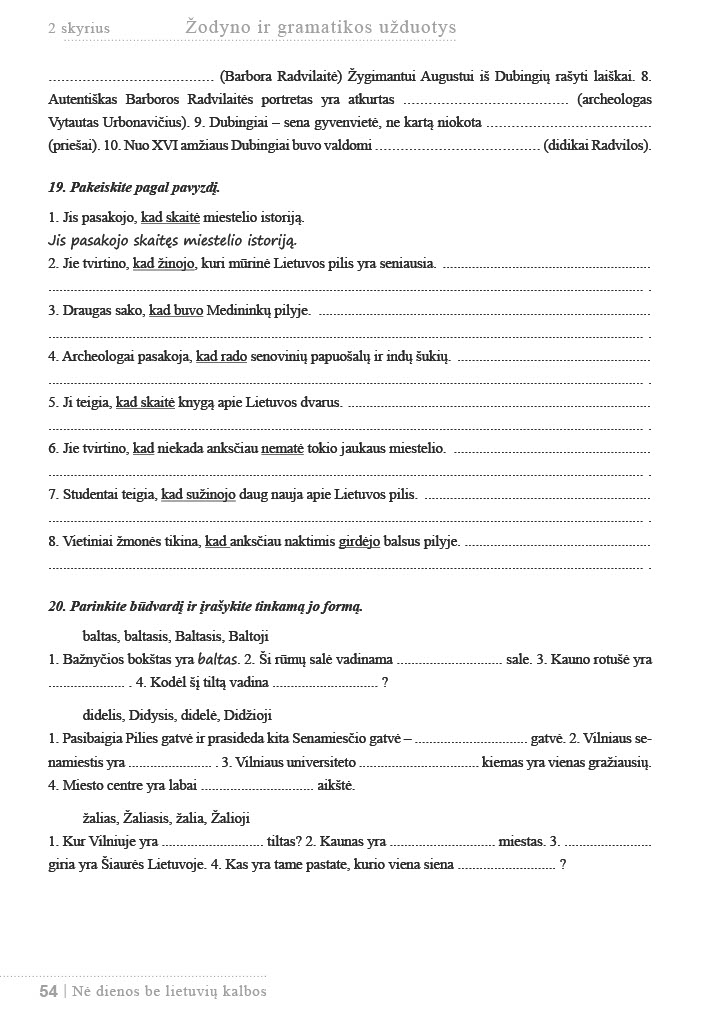
Language: lt